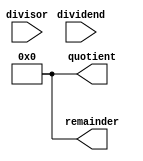
module Radix2_SRT_Divider (
    input [31:0] dividend,
    input [31:0] divisor,
    output reg [31:0] quotient,
    output reg [31:0] remainder
);

reg [63:0] A, S, P, Q, R;

initial begin
    A = {dividend, 32'b0}; // Initialize A as dividend
    S = {32'b0, divisor}; // Initialize S as divisor
    P = 64'b0;
    Q = 64'b0;
    R = 64'b0;
end

always @(*) begin
    // Radix-2 SRT Division algorithm implementation here
    // (This part is left as an exercise for the reader)
end

always @(*) begin
    quotient = Q[31:0];
    remainder = R[31:0];
end
        
endmodule